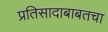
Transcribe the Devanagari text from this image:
प्रतिसादाबाबतचा